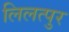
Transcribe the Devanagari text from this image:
लिलत्पुर